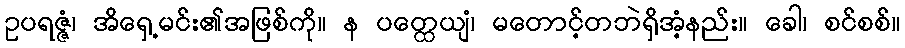
ဥပရဇ္ဇံ၊ အိရှေ့မင်း၏အဖြစ်ကို။ န ပတ္ထေယျံ၊ မတောင့်တဘဲရှိအံ့နည်း။ ခေါ၊ စင်စစ်။